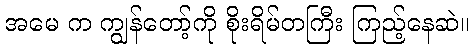
အမေ က ကျွန်တော့်ကို စိုးရိမ်တကြီး ကြည့်နေဆဲ။